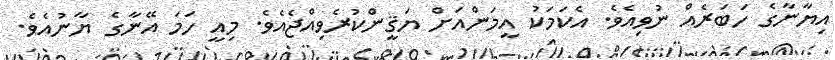
އިޔާނާގެ ހަބަރެއް ނުވިއެވެ. އެކަމަކު އީމަންއަށް ޔަޤީންކުރެވިއްޖެއެވެ. މިއީ ހަމަ އޭނާގެ ޔާނުއެވެ.